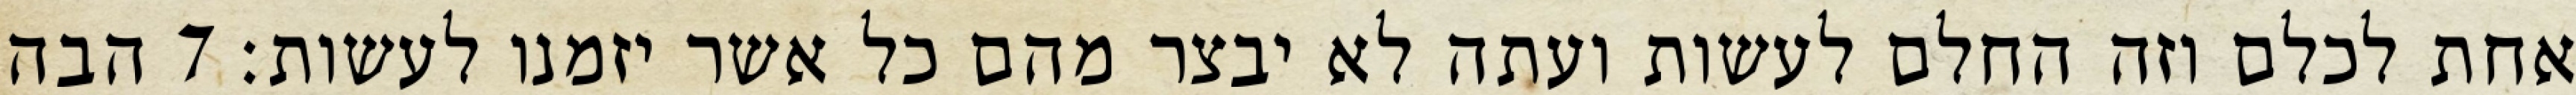
אחת לכלם וזה החלם לעשות ועתה לא יבצר מהם כל אשר יזמנו לעשות׃ ‎7‏ הבה